Vaccination report Assam 1896-1927 - 1896-1927
Year: 1896
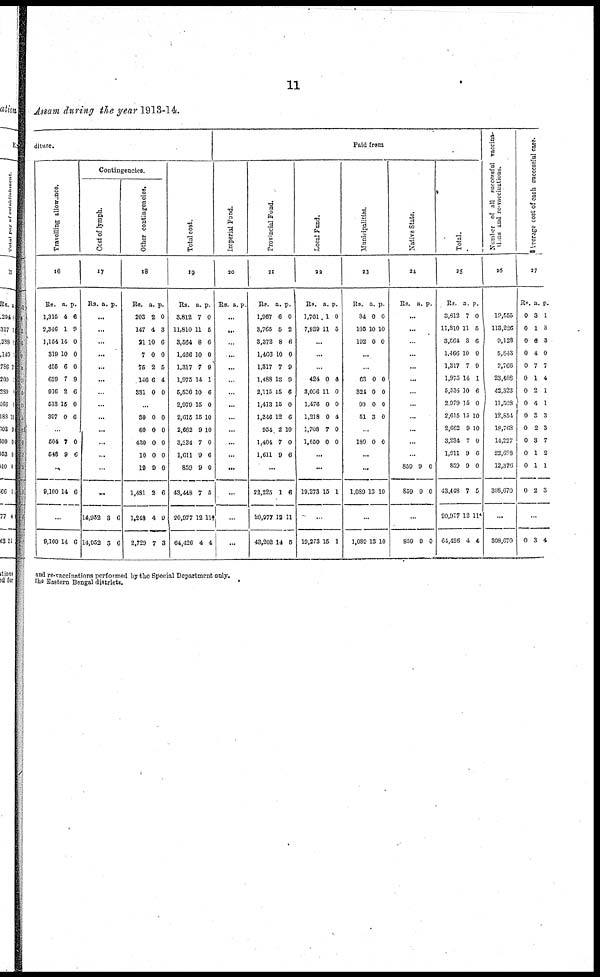
11
Assam during the year 1913-14.
diture.
Travelling allowance.
16
Rs.
1,315
2,346
1,154
319
455
629
916
513
397
a.
4
1
14
10
6
7
2
15
0
p.
6
9
0
0
0
9
6
0
6
...
504
548
7
9
0
6
...
9,100 14 6
...
9,100 14 6
Contingencies.
Cost of lymph.
17
Rs. a. p.
...
...
...
...
...
...
...
...
...
...
...
...
...
...
14,952
14,952
3
3
6
6
Other contingencies.
18
Rs.
203
147
21
7
75
146
331
a.
2
4
10
0
2
6
0
p.
0
3
6
0
5
4
0
...
30
60
430
10
19
1,481
1,248
2,729
0
0
0
0
9
2
4
7
0
0
0
0
0
6
9
3
Total cost.
19
Rs.
3,812
11,810
3,564
1,466
1,317
1,975
5,526
2,979
2,615
2,662
3,234
1,611
859
43,448
20,977
64,426
a.
7
11
8
10
7
14
10
15
15
9
7
9
9
7
12
4
p.
0
5
6
0
9
1
6
0
10
10
0
6
0
5
11†
4
Paid from
Imperial Fund.
20
Rs. a. p.
...
...
...
...
...
...
...
...
...
...
...
...
...
...
...
...
Provincial Fund.
21
Rs.
1,967
3,765
8,372
1,466
1,817
1,488
2,115
1,413
1,346
954
1,404
1,611
a.
6
5
8
10
7
18
15
15
12
2
7
9
p.
0
2
6
0
9
9
6
0
6
10
0
6
...
22,225
20,977
43,202
1
12
14
6
11
5
Local Fund.
22
Rs.
1,761
7,939
a.
1
11
p.
0
5
...
...
...
424
3,096
1,476
1,218
1,708
1,650
0
11
0
0
7
0
4
0
0
4
0
0
...
...
19,273 15 1
...
19,273 15 1
Municipalities.
23
Rs.
84
105
102
a.
0
10
0
p.
0
10
0
...
...
63
324
99
51
0
0
0
3
0
0
0
0
...
180 0 0
...
...
1,089 13 10
...
1,089 13 10
Native State.
24
Rs. a. p.
...
...
...
...
...
...
...
...
...
...
...
..
859
859
9
9
0
0
..
859 9 0
Total.
25
Rs.
3,812
11,810
3,564
1,466
1,317
1,975
6,536
2,979
2,615
2,662
3,234
1,611
859
43,448
20,977
64,426
a.
7
11
8
10
7
14
10
15
15
9
7
9
9
7
12
4
p.
0
5
6
0
0
1
6
0
10
10
0
6
0
5
11*
4
Number of all successful vaccina¬
tions and re-vaccinations.
25
19,555
113,226
9,128
5,843
2,766
23,408
42,323
11,508
12,854
18,768
14,227
22,698
12,376
308,670
...
308,670
Average cost of each successful case.
27
Rs.
0
0
0
0
0
0
0
0
0
0
0
0
0
0
a.
3
1
6
4
7
1
2
4
3
2
8
1
1
2
p.
1
3
3
0
7
4
1
1
3
3
7
2
1
3
...
0 3 4
and re-vaccinations performed by the Special Department only.
the Eastern Bengal districts.